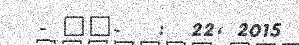
- ""-   :  22